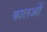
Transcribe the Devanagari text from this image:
कालओं